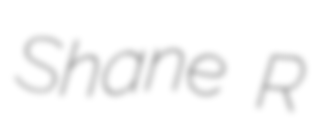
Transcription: Shane R